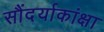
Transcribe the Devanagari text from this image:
सौंदर्याकांक्षा